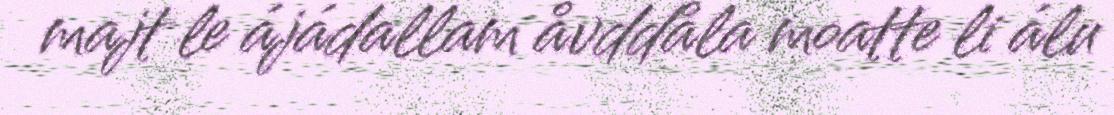
majt le ájádallam åvddåla moatte li álu